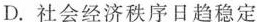
D.社会经济秩序日趋稳定